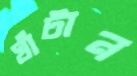
ঘাঁটান